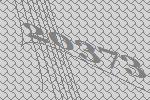
20373